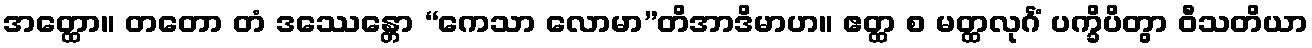
အတ္ထော။ တတော တံ ဒဿေန္တော “ကေသာ လောမာ”တိအာဒိမာဟ။ ဧတ္ထ စ မတ္ထလုင်္ဂံ ပက္ခိပိတွာ ဝီသတိယာ